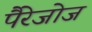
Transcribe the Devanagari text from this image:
पैरेजोज